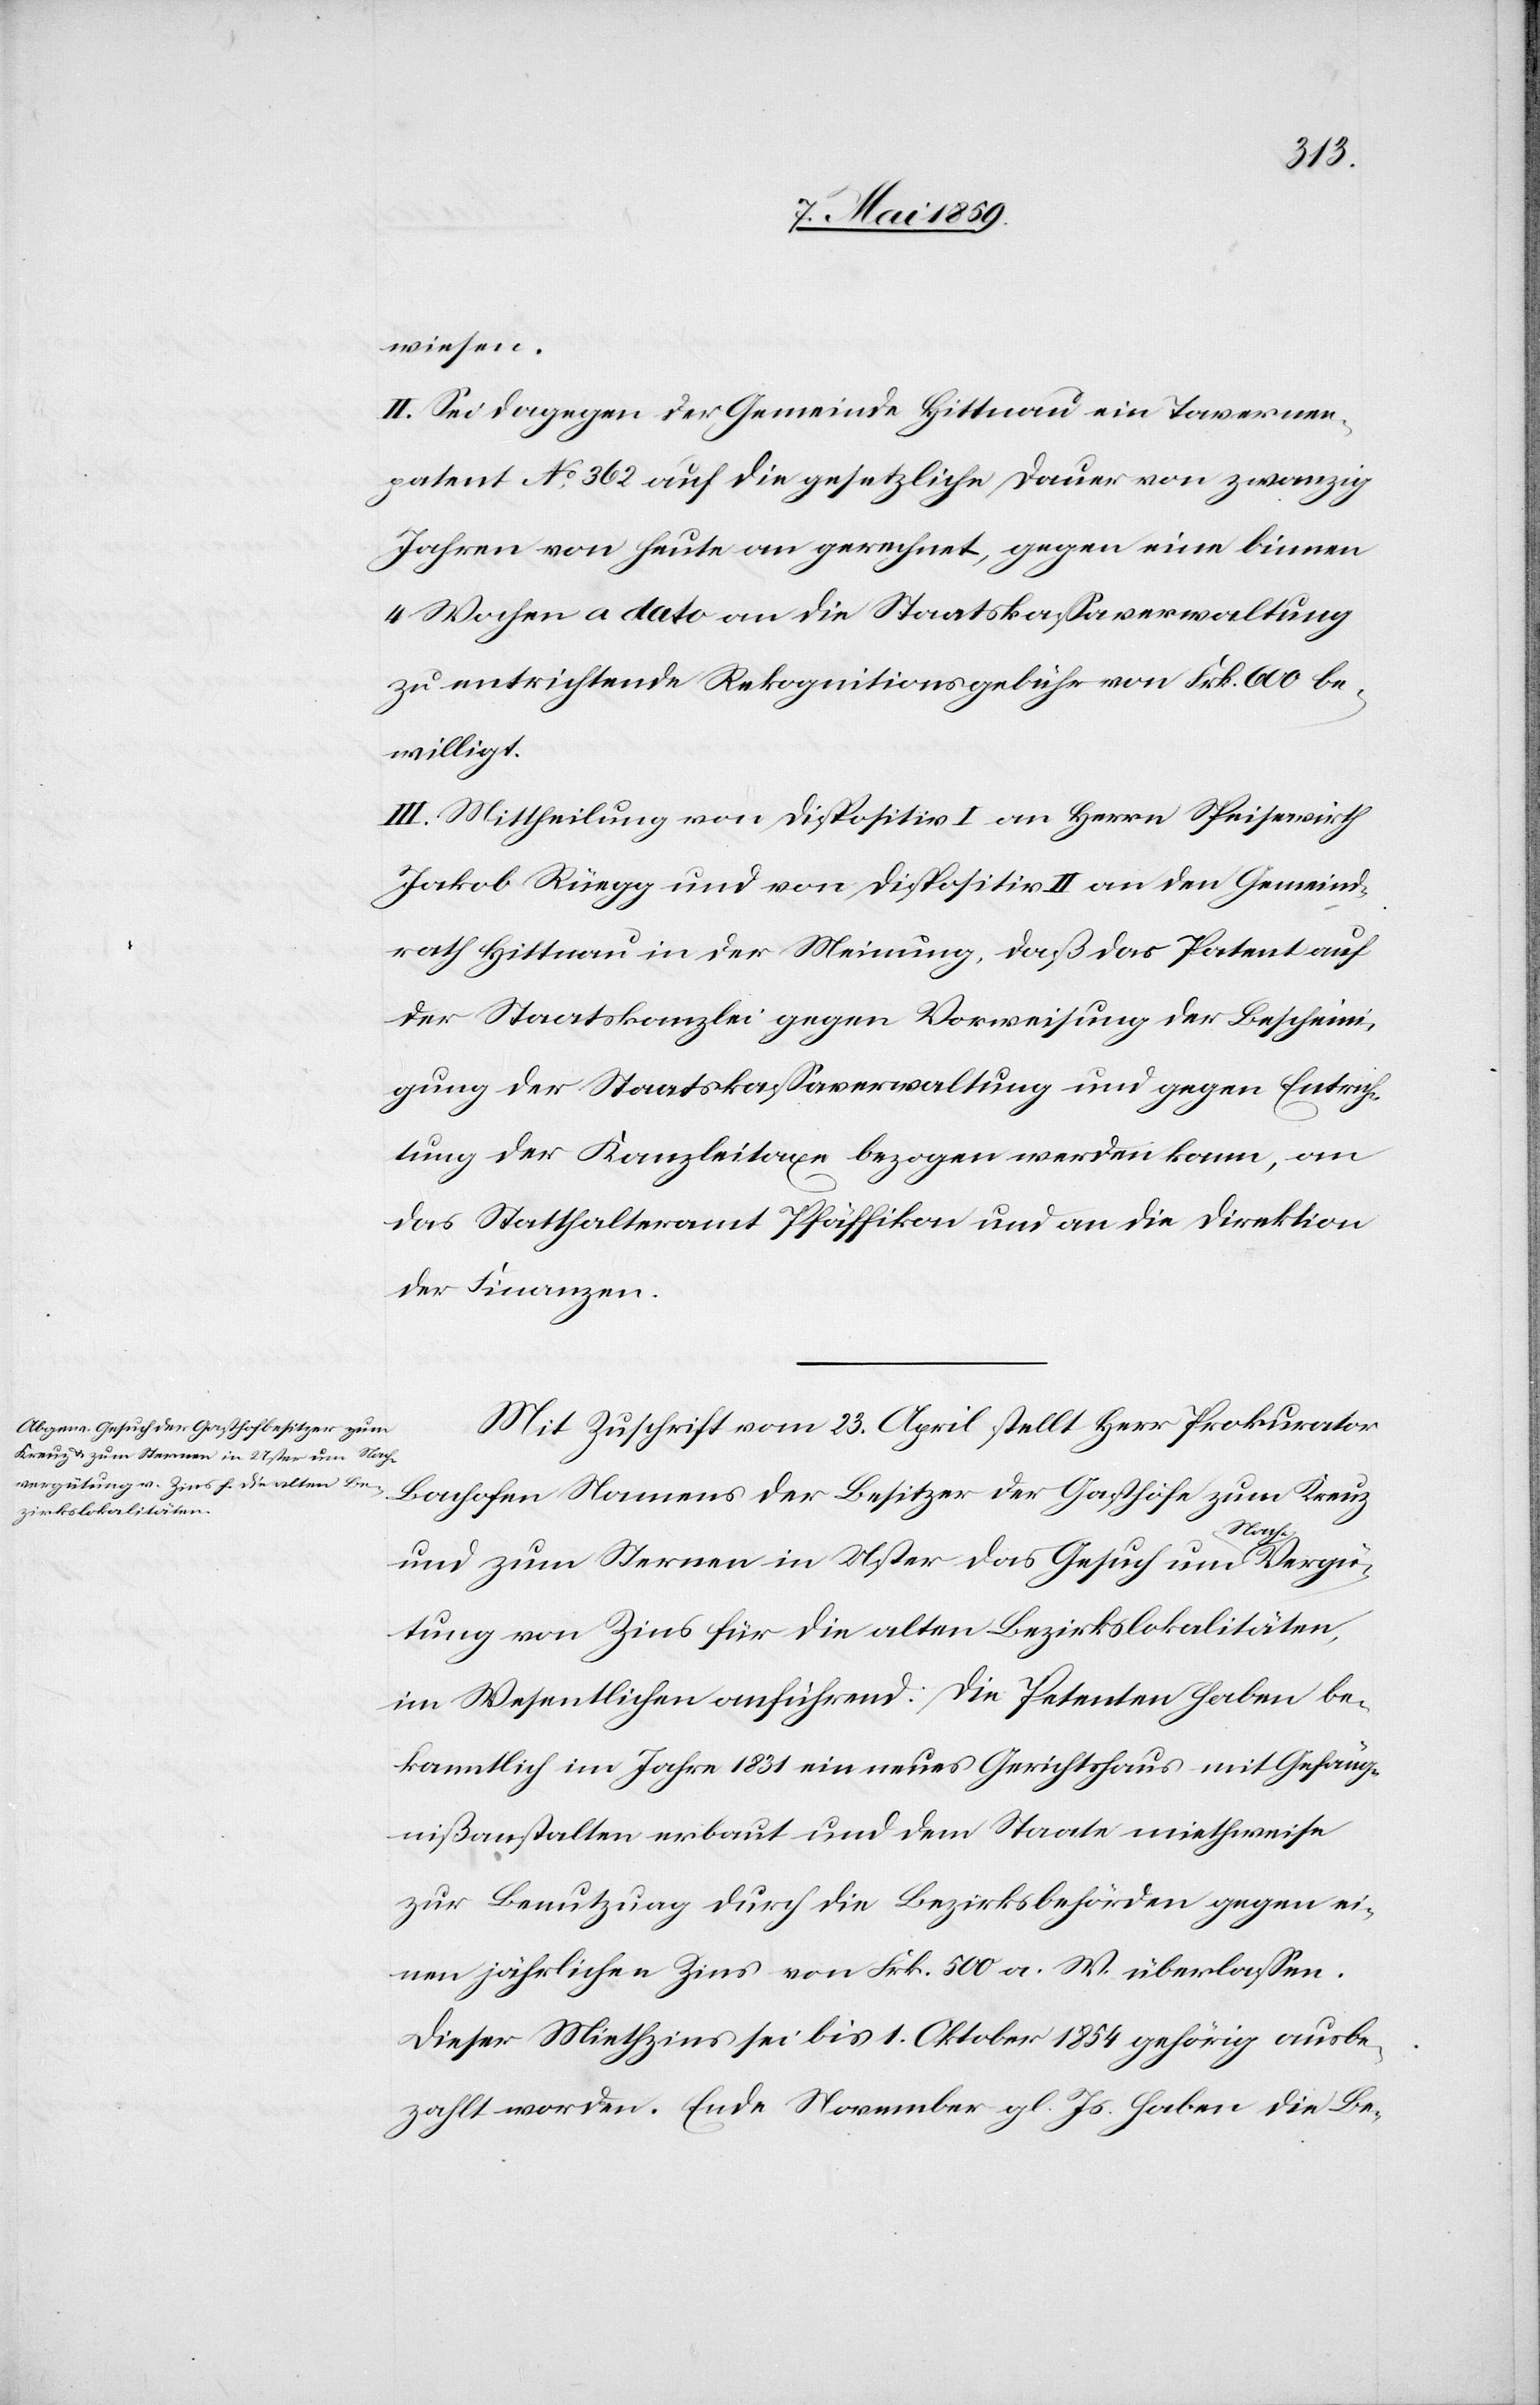
wiesen.
II. Sei dagegen der Gemeinde Hittnau ein Tavernen¬
patent No 362 auf die gesetzliche Dauer von zwanzig
Jahren von heute an gerechnet, gegen eine binnen
4 Wochen a dato an die Staatskaßaverwaltung
zu entrichtende Rekognitionsgebühr von Frk. 600 be¬
willigt.
III. Mittheilung von Dispositiv I an Herrn Speisewirth
Jakob Rüegg und von Dispositiv II an den Gemeind¬
rath Hittnau in der Meinung, daß das Patent auf
der Staatskanzlei gegen Vorweisung der Bescheini¬
gung der Staatskaßaverwaltung und gegen Entrich¬
tung der Kanzleitaxe bezogen werden kann, an
das Statthalteramt Pfäffikon und an die Direktion
der Finanzen.
Mit Zuschrift vom 23. April stellt Herr Prokurator
Bachofen Namens der Besitzer der Gasthöfe zum Kreuz
und zum Sternen in Uster das Gesuch um Nach-Vergü¬
tung von Zins für die alten Bezirkslokalitäten,
im Wesentlichen anführend: Die Petenten haben be¬
kanntlich im Jahre 1831 ein neues Gerichtshaus mit Gefäng¬
nißanstalten erbaut und dem Staate miethweise
zur Benutzung durch die Bezirksbehörden gegen ei¬
nen jährlichen Zins von Frk. 500 a. W. überlaßen.
Dieser Miethzins sei bis 1. Oktober 1854 gehörig ausbe¬
zahlt worden. Ende November gl. Js. haben die Be-